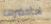
سأحضرها